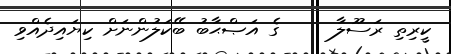
ކީރިތި ރަސޫލާ     ގެ އަޞްޙާބު ބޭކަލުންނަށް ކިޔައިދެއްވި